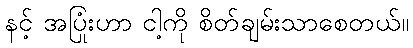
နင့် အပြုံးဟာ ငါ့ကို စိတ်ချမ်းသာစေတယ်။